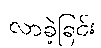
လာခဲ့ခြင်း